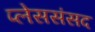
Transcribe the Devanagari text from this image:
प्लेससंसद